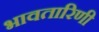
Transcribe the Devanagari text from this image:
भावतारिणी